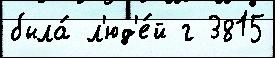
была́ л'юд'е́й г 3815